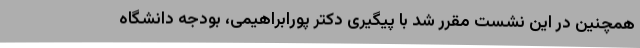
همچنین در این نشست مقرر شد با پیگیری دکتر پورابراهیمی، بودجه دانشگاه